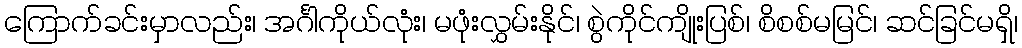
ကြောက်ခင်းမှာလည်း၊ အင်္ဂါကိုယ်လုံး၊ မဖုံးလွှမ်းနိုင်၊ စွဲကိုင်ကျိုးပြစ်၊ စိစစ်မမြင်၊ ဆင်ခြင်မရှိ၊